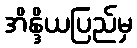
အိန္ဒိယပြည်မှ